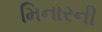
મિનારની